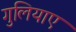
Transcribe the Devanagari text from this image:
गुलियाए